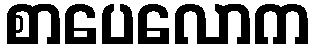
စာပေလောက